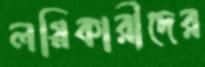
লগ্নিকারীদের